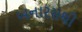
બનારસથી